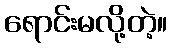
ရောင်းမလို့တဲ့။